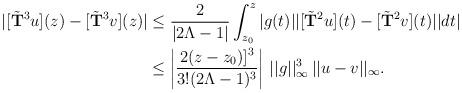
LaTeX: \begin{align*}\vert[\tilde{\bf T}^3u](z)-[\tilde{\bf T}^3v](z)\vert &\le {2\over \vert 2\Lambda-1\vert}\int_{z_0}^z\vert g(t)\vert\vert [\tilde{\bf T}^2u](t)-[\tilde{\bf T}^2v](t)\vert\vert dt\vert\\ &\le \left\vert{2(z-z_0)]^3\over 3!(2\Lambda-1)^3}\right\vert\,\vert\vert g\vert\vert_\infty^3\,\vert\vert u-v\vert\vert_\infty.\end{align*}